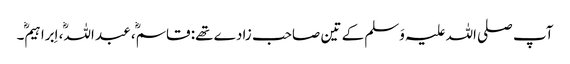
آپ صلی اللہ علیہ وَسلم کے تین صاحب زادے تھے: قاسم، عبد اللہ، اِبراہیم۔